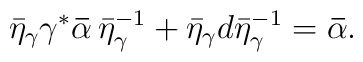
\bar{\eta}_\gamma \gamma^* {\bf\bar{\alpha}} \, \bar{\eta}_\gamma^{-1}+ \bar{\eta}_\gamma d\bar{\eta}_\gamma^{-1} = {\bf\bar{\alpha}}.